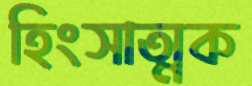
হিংসাত্মক